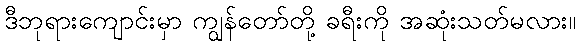
ဒီဘုရားကျောင်းမှာ ကျွန်တော်တို့ ခရီးကို အဆုံးသတ်မလား။